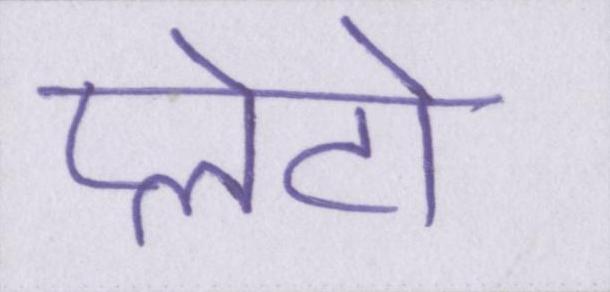
प्लेटो